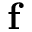
\textbf { f }